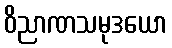
ဝိညာဏသမုဒယော